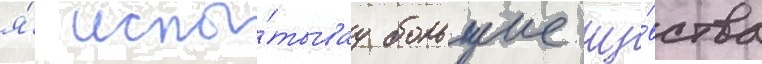
я́ испы́тывау большие чу́вства